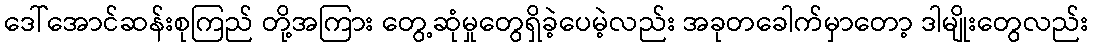
ဒေါ်အောင်ဆန်းစုကြည် တို့အကြား တွေ့ဆုံမှုတွေရှိခဲ့ပေမဲ့လည်း အခုတခေါက်မှာတော့ ဒါမျိုးတွေလည်း